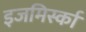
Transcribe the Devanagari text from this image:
इजमिर्स्का